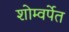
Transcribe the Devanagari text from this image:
शोम्वर्पेत